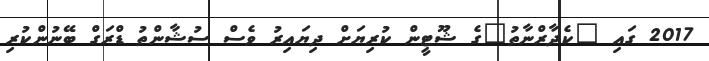
2017 ގައި "ކެދާރްނާތު"ގެ ޝޫޓީން ކުރިޔަށް ދިޔައިރު ވެސް ސުޝާންތު ޑްރަގް ބޭނުންކުރި